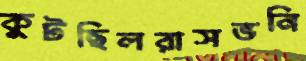
কুটছিলরাসভনি